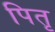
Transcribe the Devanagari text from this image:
पितृ